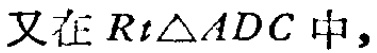
又在\(Rt\triangle ADC\)中，